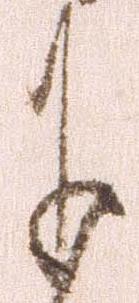
于